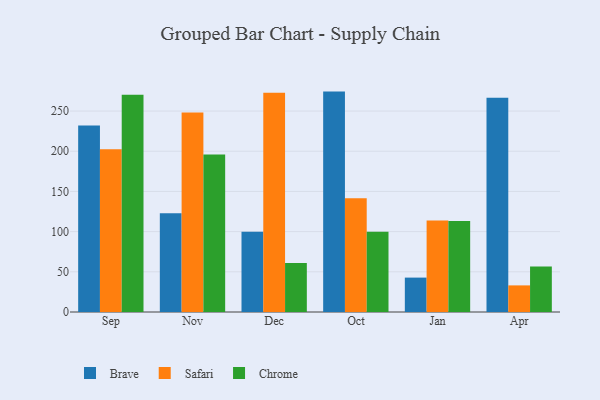
{"axis": {"x": "Month", "y": "Tickets Resolved"}, "legend": ["Brave", "Chrome", "Safari"], "data": [{"x": "Sep", "y": 232.1, "type": "Brave"}, {"x": "Sep", "y": 202.5, "type": "Safari"}, {"x": "Sep", "y": 270.2, "type": "Chrome"}, {"x": "Nov", "y": 122.8, "type": "Brave"}, {"x": "Nov", "y": 248.3, "type": "Safari"}, {"x": "Nov", "y": 195.8, "type": "Chrome"}, {"x": "Dec", "y": 99.9, "type": "Brave"}, {"x": "Dec", "y": 272.7, "type": "Safari"}, {"x": "Dec", "y": 60.9, "type": "Chrome"}, {"x": "Oct", "y": 274.2, "type": "Brave"}, {"x": "Oct", "y": 141.4, "type": "Safari"}, {"x": "Oct", "y": 99.8, "type": "Chrome"}, {"x": "Jan", "y": 42.8, "type": "Brave"}, {"x": "Jan", "y": 113.8, "type": "Safari"}, {"x": "Jan", "y": 113.1, "type": "Chrome"}, {"x": "Apr", "y": 266.6, "type": "Brave"}, {"x": "Apr", "y": 33.1, "type": "Safari"}, {"x": "Apr", "y": 56.6, "type": "Chrome"}]}